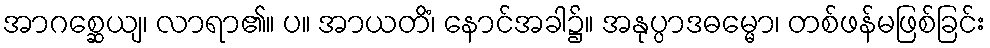
အာဂစ္ဆေယျ၊ လာရာ၏။ ပ။ အာယတိံ၊ နောင်အခါ၌။ အနုပ္ပာဒဓမ္မော၊ တစ်ဖန်မဖြစ်ခြင်း